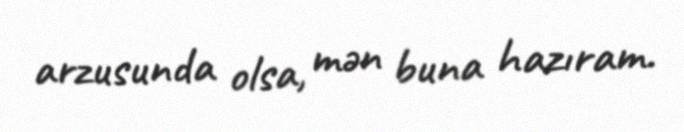
arzusunda olsa, mən buna hazıram.